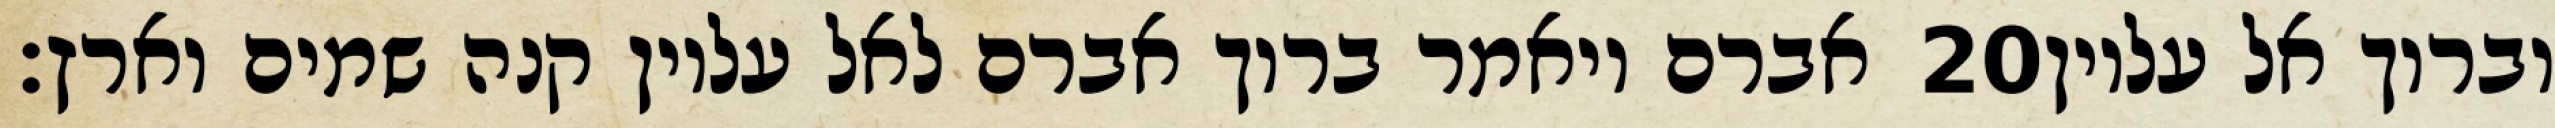
אברם ויאמר ברוך אברם לאל עליון קנה שמים וארץ׃ ‎20‏ וברוך אל עליון